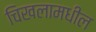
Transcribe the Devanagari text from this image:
चिखलामधील